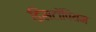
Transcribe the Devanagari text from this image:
डिसटॉपियन